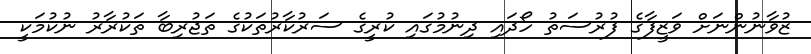
ޒުވާނުންނަށް ވަޒީފާގެ ފުރުސަތު ހޯދައި ދިނުމުގައި ކުރީގެ ސަރުކާރުތަކުގެ ތަޖުރިބާ ތަކުރާރު ނުކުމަކީ